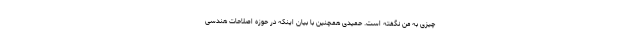
چیزی به من نگفته است. حمیدی همچنین با بیان اینکه در حوزه اصلاحات هندسی